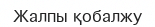
Жалпы қобалжу